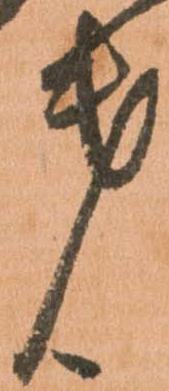
第